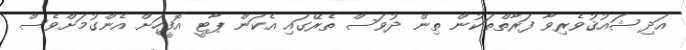
އަދި ޝައުޤުވެރިވާ ފަރާތްތަކުން ތިން ދުވަސް ތެރޭގައި އެކަން ޕާޓީ އޮފީހަށް އެންގުމަށްވެސް